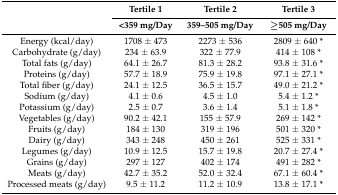
| <ROWSPAN=2>  | Tertile 1 | Tertile 2 | Tertile 3 |
 | <359 mg/Day | 359–505 mg/Day | ≥505 mg/Day |
 | --- | --- | --- | --- |
 | Energy (kcal/day) | 1708 ± 473 | 2273 ± 536 | 2809 ± 640 * |
 | Carbohydrate (g/day) | 234 ± 63.9 | 322 ± 77.9 | 414 ± 108 * |
 | Total fats (g/day) | 64.1 ± 26.7 | 81.3 ± 28.2 | 93.8 ± 31.6 * |
 | Proteins (g/day) | 57.7 ± 18.9 | 75.9 ± 19.8 | 97.1 ± 27.1 * |
 | Total fiber (g/day) | 24.1 ± 12.5 | 36.5 ± 15.7 | 49.0 ± 21.2 * |
 | Sodium (g/day) | 4.1 ± 0.6 | 4.5 ± 1.0 | 5.4 ± 1.2 * |
 | Potassium (g/day) | 2.5 ± 0.7 | 3.6 ± 1.4 | 5.1 ± 1.8 * |
 | Vegetables (g/day) | 90.2 ± 42.1 | 155 ± 57.9 | 269 ± 142 * |
 | Fruits (g/day) | 184 ± 130 | 319 ± 196 | 501 ± 320 * |
 | Dairy (g/day) | 343 ± 248 | 450 ± 261 | 525 ± 331 * |
 | Legumes (g/day) | 10.9 ± 12.5 | 15.7 ± 19.8 | 20.7 ± 27.4 * |
 | Grains (g/day) | 297 ± 127 | 402 ± 174 | 491 ± 282 * |
 | Meats (g/day) | 42.7 ± 35.2 | 52.0 ± 32.4 | 67.1 ± 60.4 * |
 | Processed meats (g/day) | 9.5 ± 11.2 | 11.2 ± 10.9 | 13.8 ± 17.1 * |